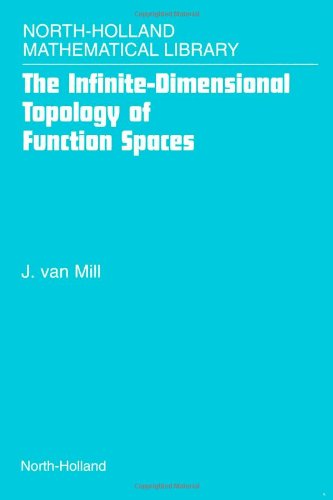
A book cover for The Infinite-Dimensional Topology of Function Spaces, Volume 64 (North-Holland Mathematical Library); J. van Mill; Science & Math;